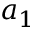
a _ { 1 }